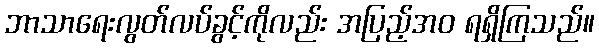
ဘာသာရေးလွတ်လပ်ခွင့်ကိုလည်း အပြည့်အဝ ရရှိကြသည်။